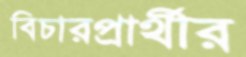
বিচারপ্রার্থীর